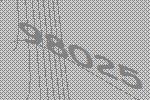
98025